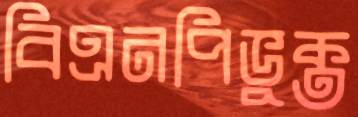
বিএনপিভুক্ত